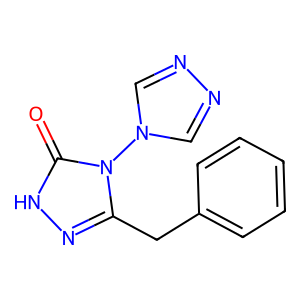
SMILES: O=c1[nH]nc(Cc2ccccc2)n1-n1cnnc1
Inhibits HIV replication: No